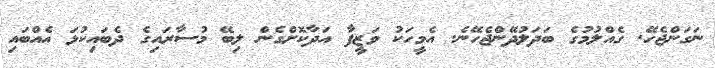
ނަގަންޖެހޭ. ގެއްލުމުގެ ބަދަލުދޭންޖެހޭނެ. އެމީހަކު ވަޒީފާ އަދާކޮށްގެން ލިބޭ މުސާރައިގެ ދެބައިކުޅަ އެއްބައި